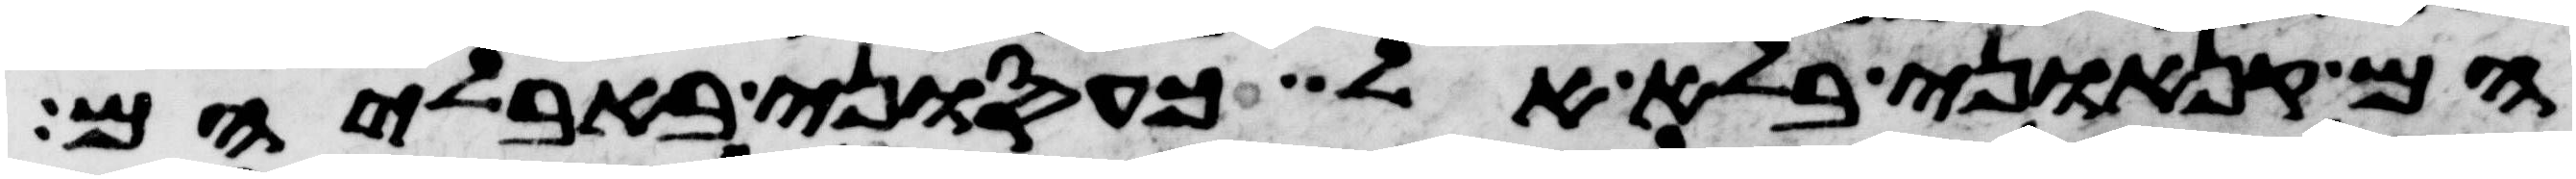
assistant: הם קנאוני בלא אל כעסוני באבליהם